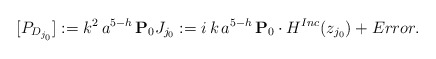
\begin{align*}[P_{D_{j_0}}]:=k^2 \, a^{5-h} \, {\bf{P}}_0 J_{j_0}:= i \, k \, a^{5-h} \, {\bf{P}}_0 \cdot H^{Inc}(z_{j_0})+Error.\end{align*}